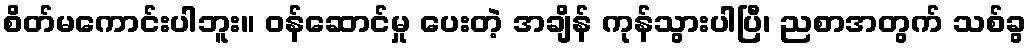
စိတ်မကောင်းပါဘူး။ ဝန်ဆောင်မှု ပေးတဲ့ အချိန် ကုန်သွားပါပြီ၊ ညစာအတွက် သစ်ခွ